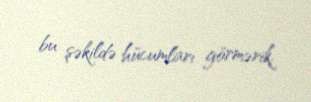
bu şəkildə hücumları görmərik.